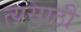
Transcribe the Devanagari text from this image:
त्यसाठी